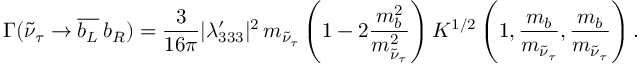
\Gamma ( \tilde { \nu } _ { \tau } \to \overline { { { b _ { L } } } } \, b _ { R } ) = \frac { 3 } { 1 6 \pi } \vert \lambda _ { 3 3 3 } ^ { \prime } \vert ^ { 2 } \, m _ { \tilde { \nu } _ { \tau } } \left( 1 - 2 \frac { m _ { b } ^ { 2 } } { m _ { \tilde { \nu } _ { \tau } } ^ { 2 } } \right) K ^ { 1 / 2 } \left( 1 , \frac { m _ { b } } { m _ { \tilde { \nu } _ { \tau } } } , \frac { m _ { b } } { m _ { \tilde { \nu } _ { \tau } } } \right) .